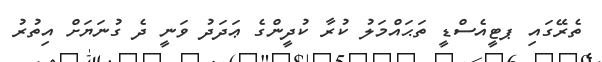
ތެރޭގައި ޕޓީއެސްޑީ ތަޙައްމަލު ކުރާ ކުދީންގެ ޢަދަދު ވަނީ ދެ ގުނަޔަށް އިތުރު